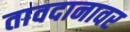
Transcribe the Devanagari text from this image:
तावदानावर